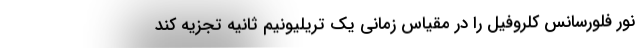
نور فلورسانس کلروفیل را در مقیاس زمانی یک تریلیونیم ثانیه تجزیه کند